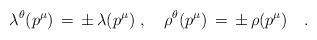
LaTeX: \begin{align*}\lambda^\theta(p^\mu)\,=\,\pm\,\lambda(p^\mu)\,\,,\quad\rho^\theta(p^\mu) \,=\,\pm\,\rho(p^\mu)\quad.\end{align*}